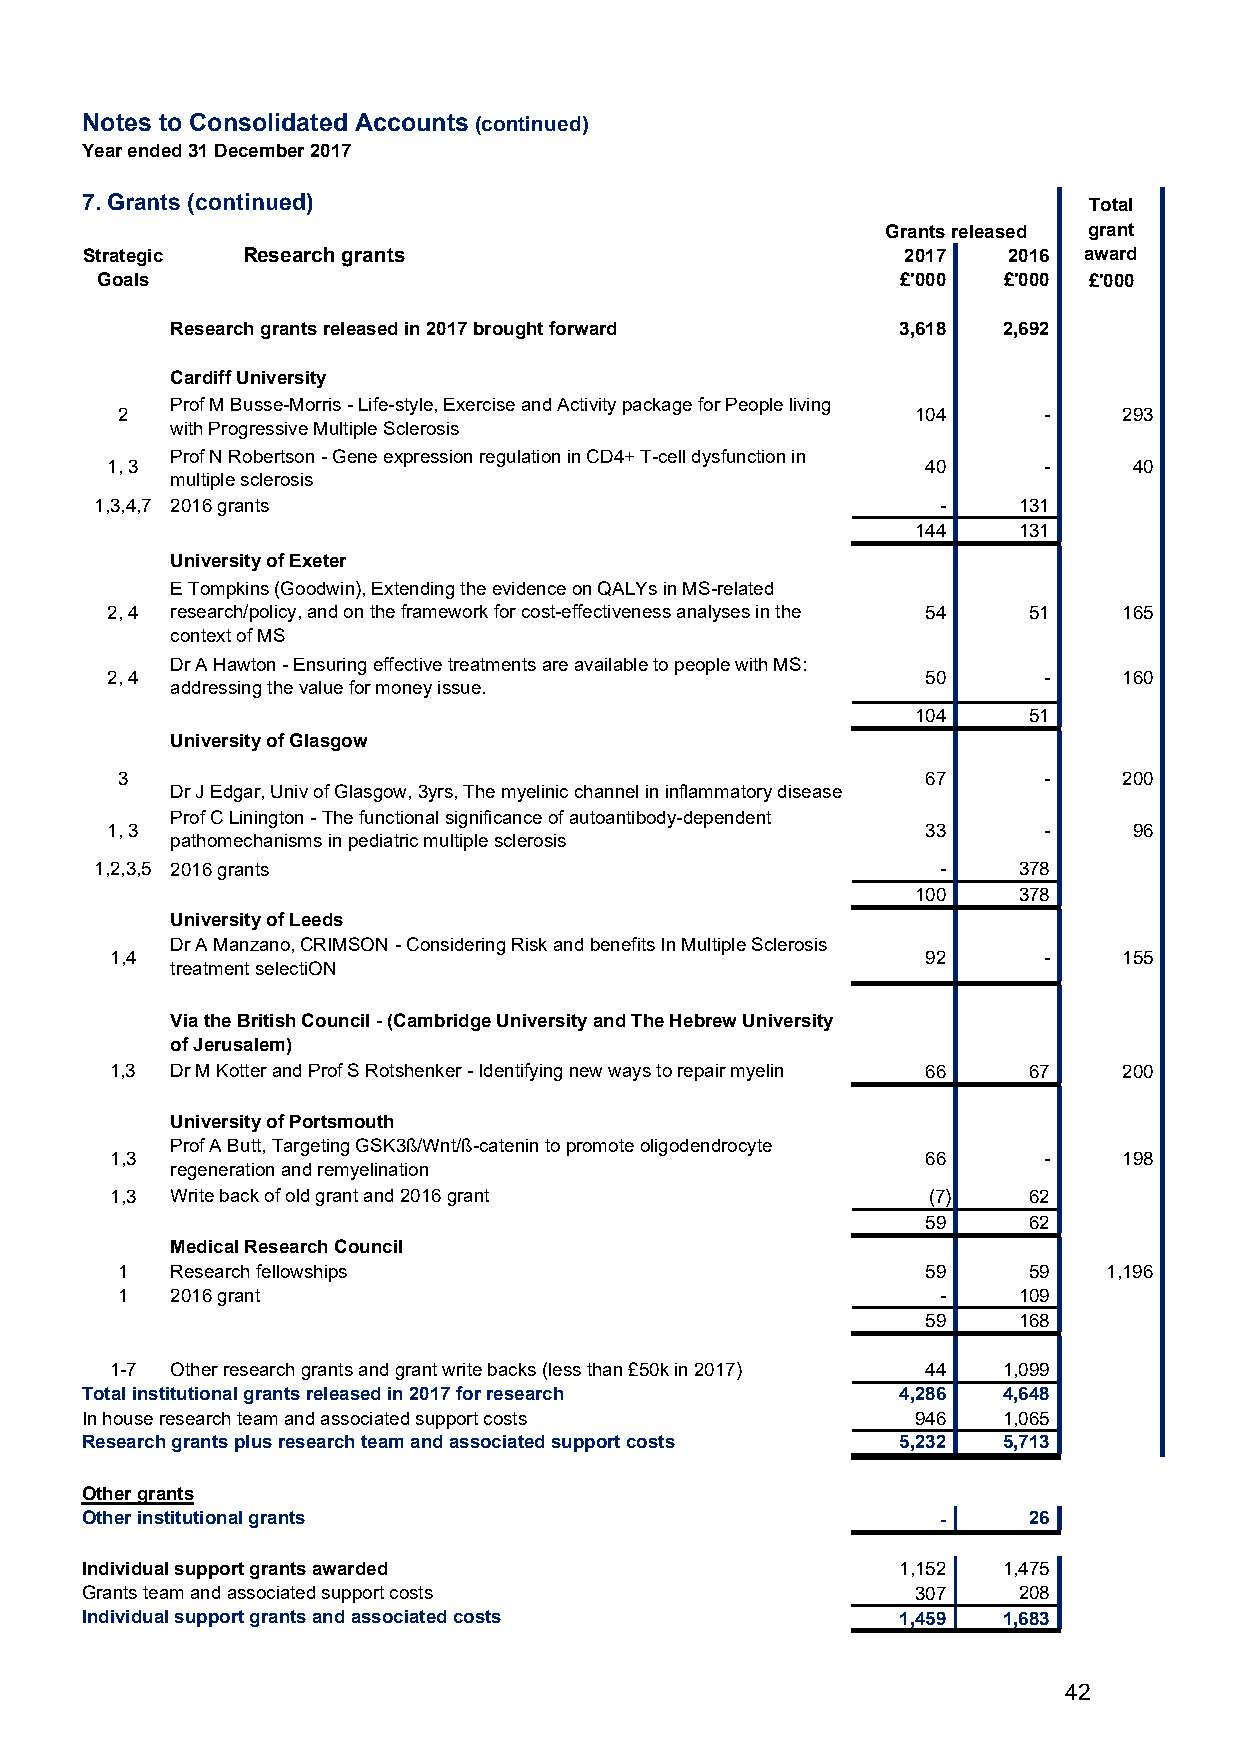
Notes to Consolidated Accounts (continued)
 Year ended 31 December 2017
 7. Grants (continued)                                              Total
 Grants released grant
 Strategic  Research grants                             2017   2016 award
 Goals                                                 £'000 £'000 £'000
 Research grants released in 2017 brought forward 3,618 2,692
 Cardiff University
 Prof M Busse-Morris - Life-style, Exercise and Activity package for People living
 2                                                    104     -    293
 with Progressive Multiple Sclerosis
 Prof N Robertson - Gene expression regulation in CD4+ T-cell dysfunction in
 1, 3                                                  40      -     40
 multiple sclerosis
 1,3,4,7 2016 grants                                     -    131
 144   131
 University of Exeter
 E Tompkins (Goodwin), Extending the evidence on QALYs in MS-related
 2, 4 research/policy, and on the framework for cost-effectiveness analyses in the 54 51 165
 context of MS
 Dr A Hawton - Ensuring effective treatments are available to people with MS:
 2, 4                                                  50      -    160
 addressing the value for money issue.
 104    51
 University of Glasgow
 3                                                    67      -    200
 Dr J Edgar, Univ of Glasgow, 3yrs, The myelinic channel in inflammatory disease
 Prof C Linington - The functional significance of autoantibody-dependent
 1, 3                                                  33      -     96
 pathomechanisms in pediatric multiple sclerosis
 1,2,3,5 2016 grants                                     -    378
 100   378
 University of Leeds
 Dr A Manzano, CRIMSON - Considering Risk and benefits In Multiple Sclerosis
 1,4                                                   92      -    155
 treatment selectiON
 Via the British Council - (Cambridge University and The Hebrew University
 of Jerusalem)
 1,3 Dr M Kotter and Prof S Rotshenker - Identifying new ways to repair myelin 66 67 200
 University of Portsmouth
 Prof A Butt, Targeting GSK3ß/Wnt/ß-catenin to promote oligodendrocyte
 1,3                                                   66      -    198
 regeneration and remyelination
 1,3 Write back of old grant and 2016 grant            (7)    62
 59     62
 Medical Research Council
 1  Research fellowships                              59     59   1,196
 1  2016 grant                                         -    109
 59    168
 1-7 Other research grants and grant write backs (less than £50k in 2017) 44 1,099
 Total institutional grants released in 2017 for research 4,286 4,648
 In house research team and associated support costs     946  1,065
 Research grants plus research team and associated support costs 5,232 5,713
 Other grants
 Other institutional grants                               -     26
 Individual support grants awarded                     1,152  1,475
 Grants team and associated support costs                307   208
 Individual support grants and associated costs        1,459  1,683
 42